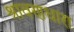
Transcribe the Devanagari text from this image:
श्रावणधारा